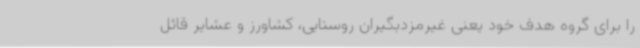
را برای گروه هدف خود یعنی غیرمزدبگیران روستایی، کشاورز و عشایر قائل